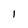
Character: I